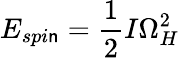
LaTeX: E_{spi\mathsf{n}}={\frac{{1}}{{2}}}I\Omega_{H}^{2}